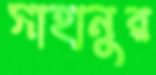
সাহানুর